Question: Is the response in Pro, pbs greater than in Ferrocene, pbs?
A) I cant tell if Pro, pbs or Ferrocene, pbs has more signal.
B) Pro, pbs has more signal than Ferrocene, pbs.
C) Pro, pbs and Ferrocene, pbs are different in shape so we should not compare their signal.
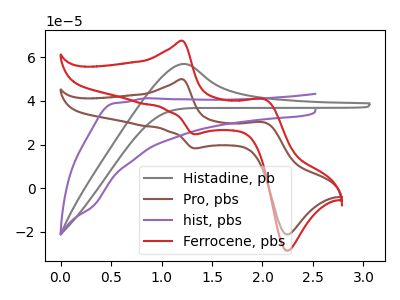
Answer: <think>The gray curve "Histadine, pb" has an anodic peak at: (1.20V, 56.90uA). The brown curve "Pro, pbs" has anodic peaks at (1.20V, 49.85uA) (2.00V, 30.05uA) and cathodic peaks at (1.30V, 18.30uA) (2.25V, -21.10uA). The purple curve "hist, pbs" has no peaks. The red curve "Ferrocene, pbs" has anodic peaks at (1.20V, 67.45uA) (2.00V, 40.65uA) and cathodic peaks at (1.30V, 24.75uA) (2.25V, -28.55uA).
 All the peaks in "Pro, pbs" have a peak in "Ferrocene, pbs" at the same potential.</think>
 <answer>A) I cant tell if "Pro, pbs" or "Ferrocene, pbs" has more signal.</answer>
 <eval>A</eval>